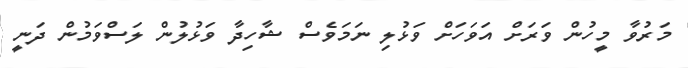
މަރުވާ މީހުން ވަރަށް އަވަހަށް ވަޅުލި ނަމަވެސް ޝާހިދާ ވަޅުލުން ލަސްވަމުން ދަނީ